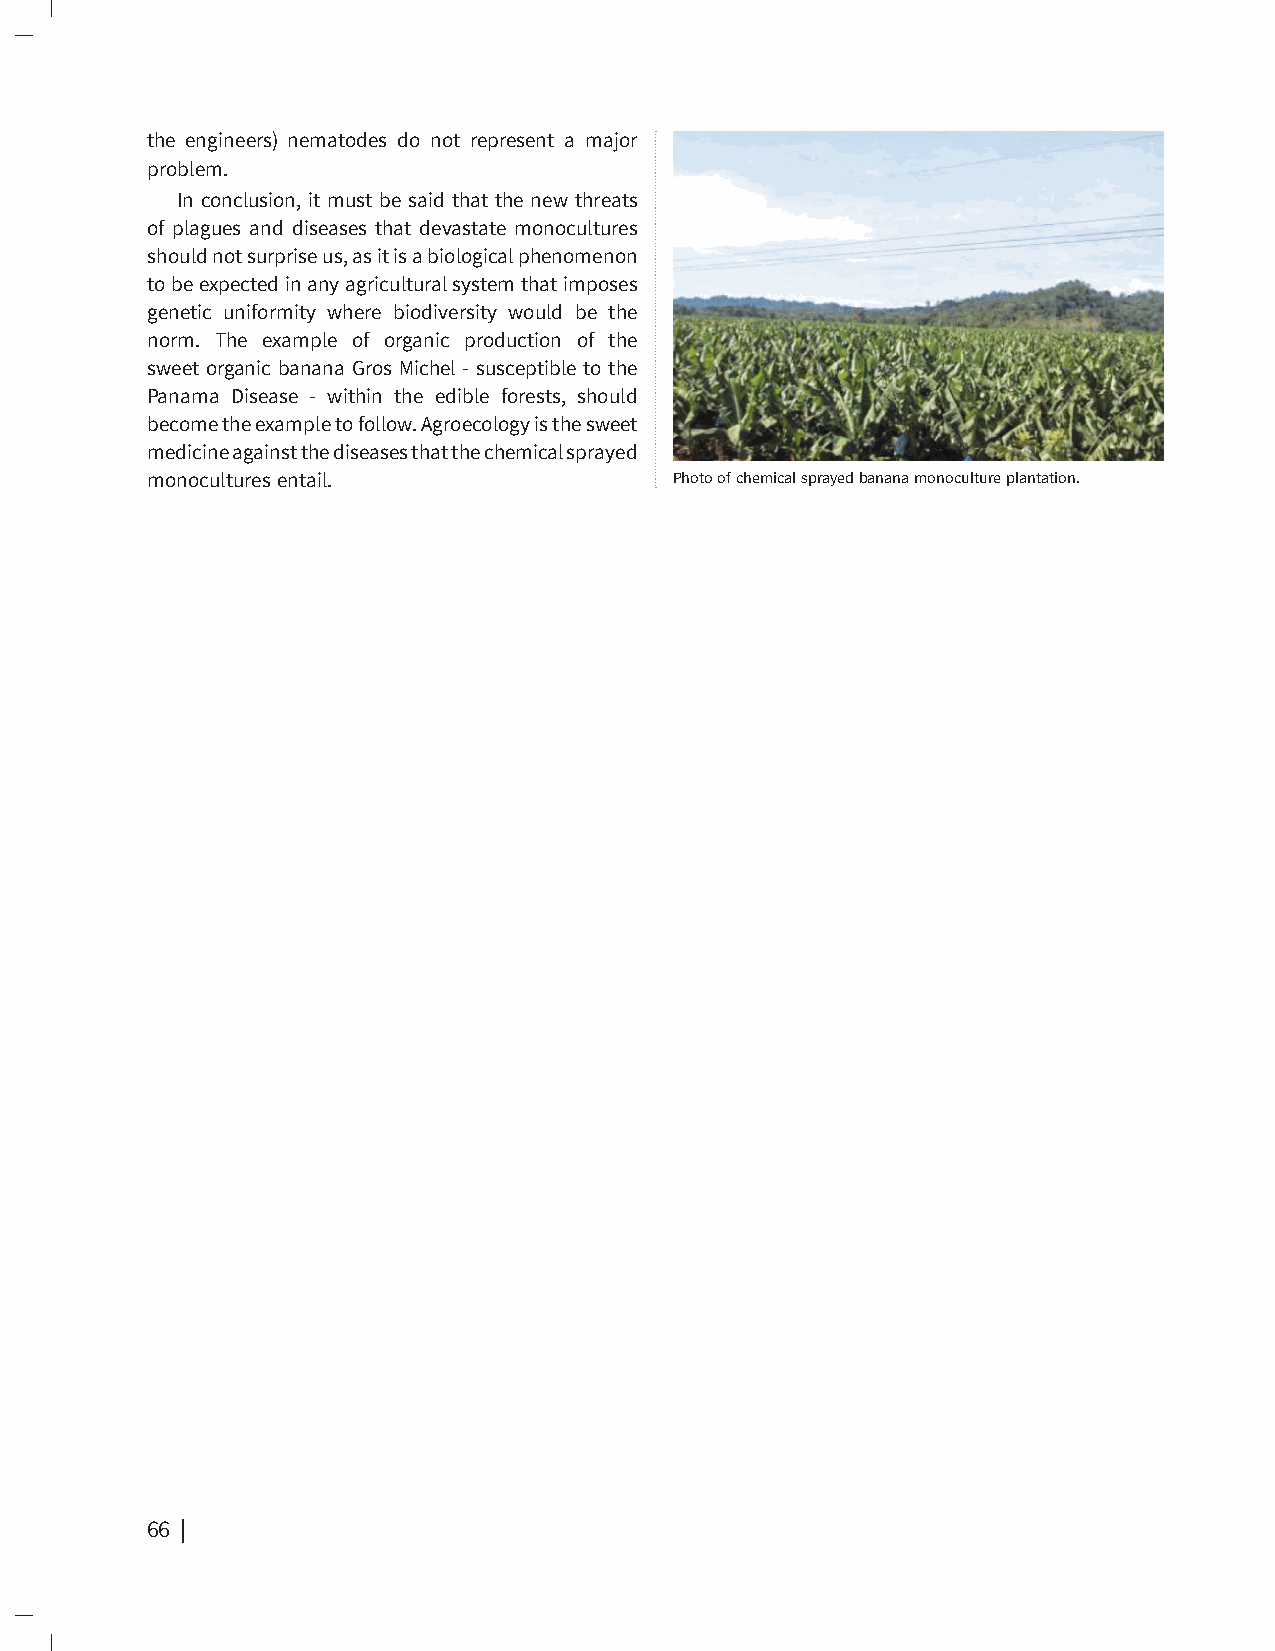
the engineers) nematodes do not represent a major
 problem.
 In conclusion, it must be said that the new threats
 of plagues and diseases that devastate monocultures
 should not surprise us, as it is a biological phenomenon
 to be expected in any agricultural system that imposes
 genetic uniformity where biodiversity would be the
 norm. The example of organic production of the
 sweet organic banana Gros Michel - susceptible to the
 Panama Disease - within the edible forests, should
 become the example to follow. Agroecology is the sweet
 medicine against the diseases that the chemical sprayed
 monocultures entail.               Photo of chemical sprayed banana monoculture plantation.
 66 | The Future of Our Daily Bread